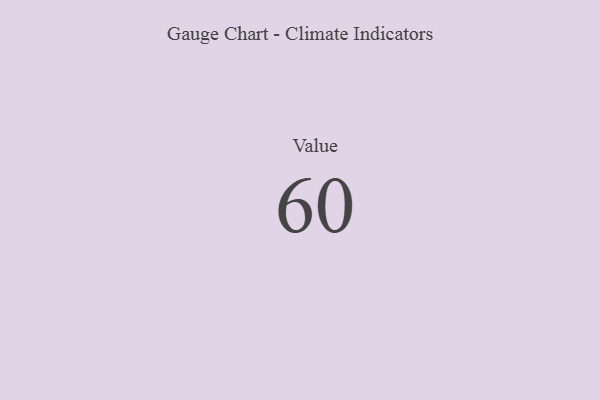
{"axis": {"x": "Metric", "y": "Value"}, "legend": [""], "data": [{"x": "Value", "y": 60, "type": ""}]}